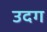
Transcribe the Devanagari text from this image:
उदग